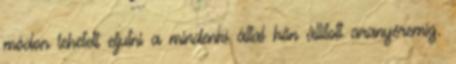
módon lehetett eljutni a mindenki által hőn állított aranyéremig.